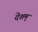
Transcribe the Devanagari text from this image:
देशम्‌